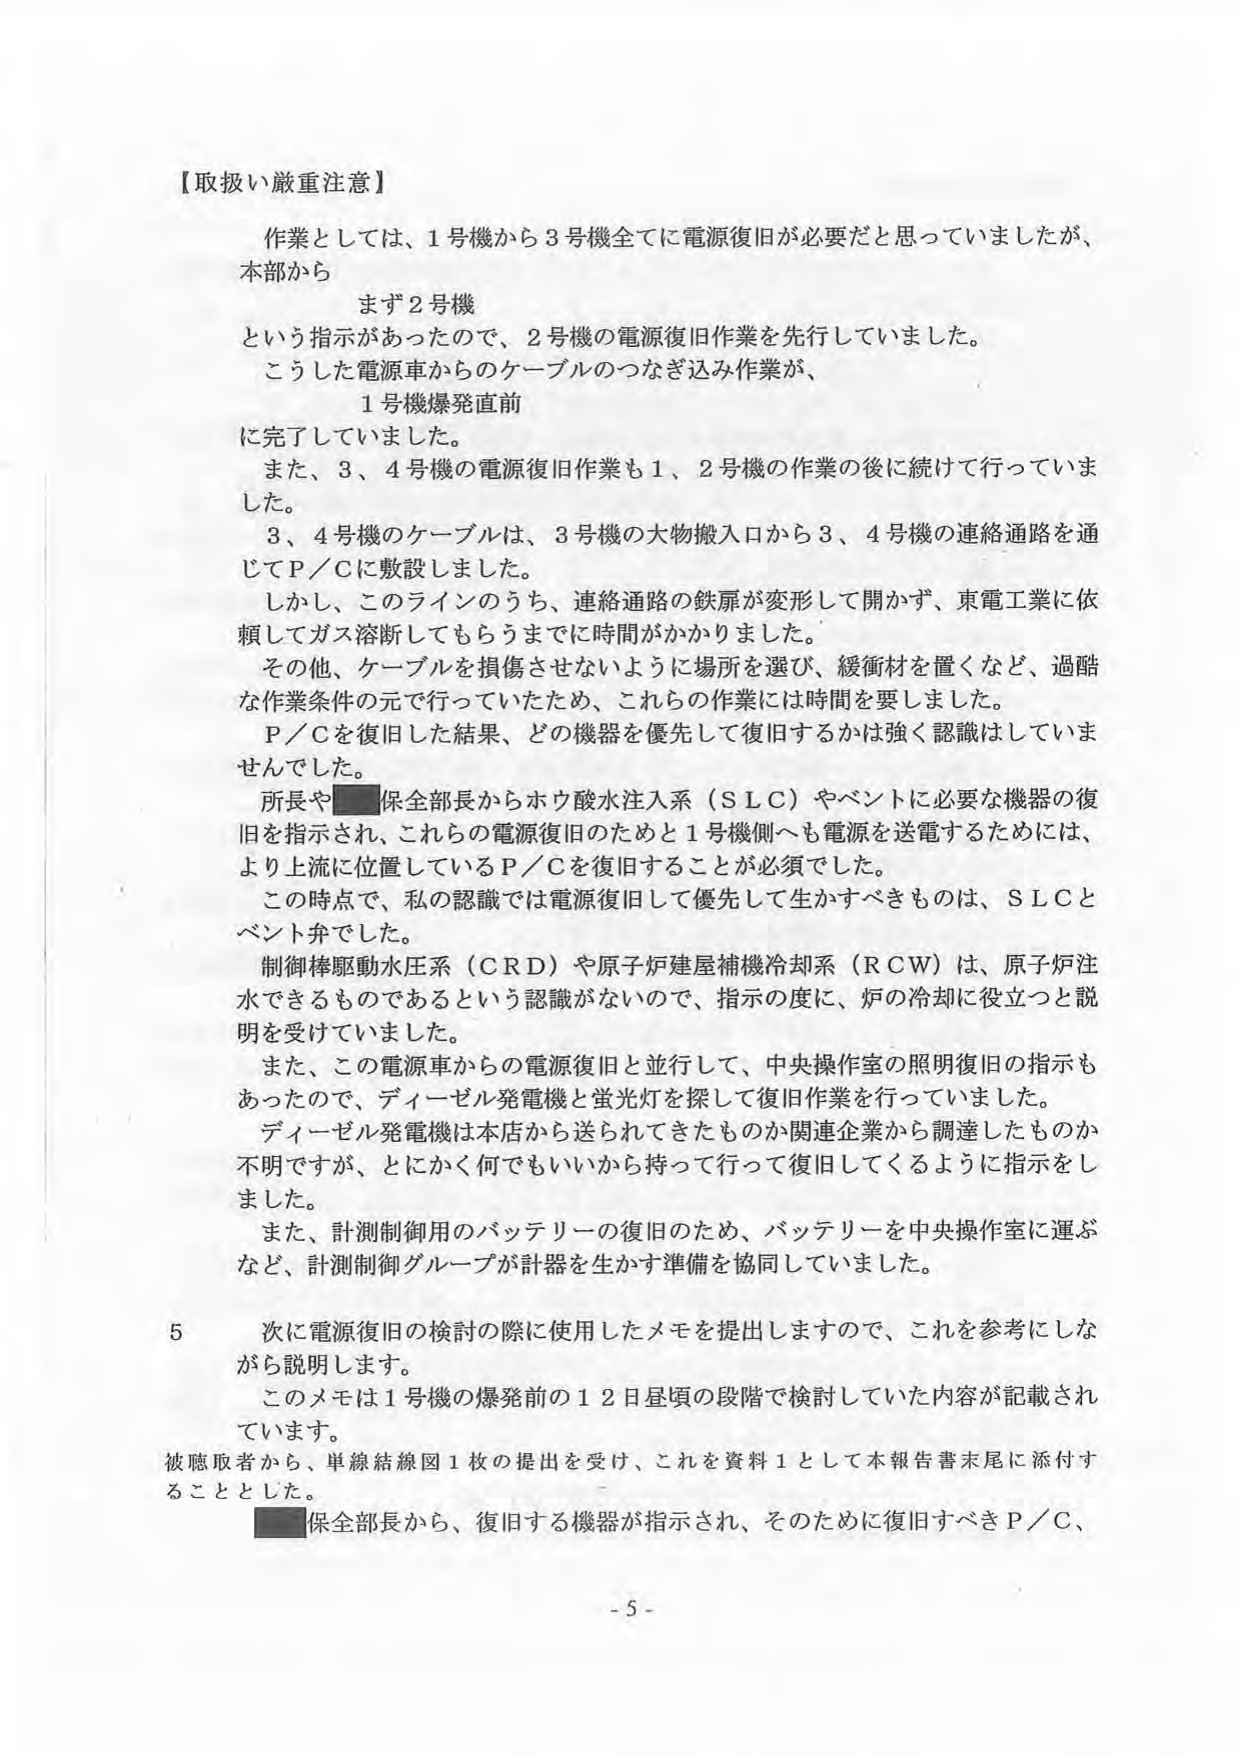
【取扱い厳重注意】

作業としては、1号機から3号機全てに電源復旧が必要だと思っていましたが、
本部から
　　まず2号機
という指示があったので、2号機の電源復旧作業を先行していました。
こうした電源車からのケーブルのつなぎ込み作業が、
　　1号機爆発直前
に完了していました。
また、3、4号機の電源復旧作業も1、2号機の作業の後に続けて行っていました。
3、4号機のケーブルは、3号機の大物搬入口から3、4号機の連絡通路を通じてP／Cに敷設しました。
しかし、このラインのうち、連絡通路の鉄扉が変形して開かず、東電工業に依頼してガス溶断してもらうまでに時間がかかりました。
その他、ケーブルを損傷させないように場所を選び、緩衝材を置くなど、過酷な作業条件の元で行っていたため、これらの作業には時間を要しました。
P／Cを復旧した結果、どの機器を優先して復旧するかは強く認識していませんでした。
所長や■保全部長からホウ酸水注入系（SLC）やベントに必要な機器の復旧を指示され、これらの電源復旧のためと1号機側へも電源を送電するためには、より上流に位置しているP／Cを復旧することが必須でした。
この時点で、私の認識では電源復旧して優先して生かすべきものは、SLCとベント弁でした。
制御棒駆動水圧系（CRD）や原子炉建屋補機冷却系（RCW）は、原子炉注水できるものであるという認識がないので、指示の度に、炉の冷却に役立つと説明を受けていました。
また、この電源車からの電源復旧と並行して、中央操作室の照明復旧の指示もあったので、ディーゼル発電機と蛍光灯を探して復旧作業を行っていました。
ディーゼル発電機は本店から送られてきたものか関連企業から調達したものか不明ですが、とにかく何でもいいから持って行って復旧してくるように指示をしました。
また、計測制御用のバッテリーの復旧のため、バッテリーを中央操作室に運ぶなど、計測制御グループが計器を生かす準備を協同していました。

5　次に電源復旧の検討の際に使用したメモを提出しますので、これを参考にしながら説明します。
このメモは1号機の爆発前の12日昼頃の段階で検討していた内容が記載されています。
被聴取者から、単線結線図1枚の提出を受け、これを資料1として本報告書末尾に添付することとした。
■保全部長から、復旧する機器が指示され、そのために復旧すべきP／C、

- 5 -